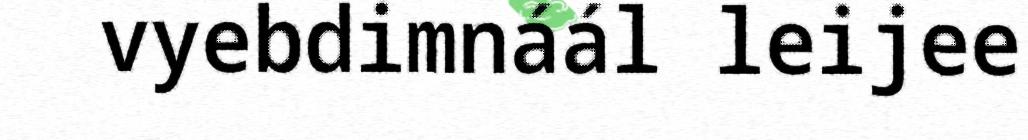
vyebdimnáál leijee